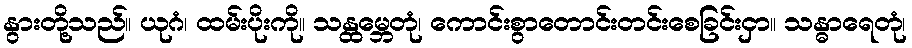
နွားတို့သည်။ ယုဂံ၊ ထမ်းပိုးကို။ သန္ထမ္ဘေတုံ၊ ကောင်းစွာတောင်းတင်းစေခြင်းငှာ။ သန္ဓာရေတုံ၊